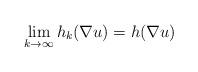
LaTeX: \begin{align*}\lim_{k \to \infty} h_k(\nabla u) = h(\nabla u) \end{align*}